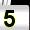
Digit: 5